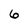
Character: 6